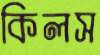
কিলস